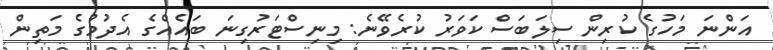
އަންނަ މަހުގެ ކުރިން ސިލަބަސް ކަވަރު ކުރެވޭނެ: މިނިސްޓަރުގިނަ ބައެއްގެ އެދުމުގެ މަތިން